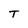
Character: T